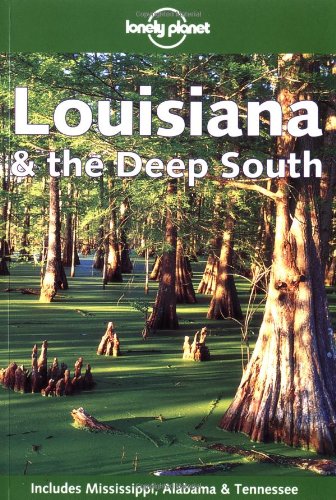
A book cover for Lonely Planet Louisiana & the Deep South; Tom Downs; Travel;